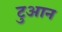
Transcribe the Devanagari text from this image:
टुआन